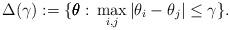
LaTeX: \begin{align*}\Delta(\gamma):=\{\pmb{\theta}:\, \max_{i,j}|\theta_i-\theta_j|\le \gamma\}.\end{align*}